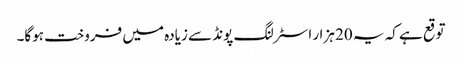
توقع ہے کہ یہ 20 ہزار اسٹرلنگ پونڈ سے زیادہ میں فروخت ہوگا۔